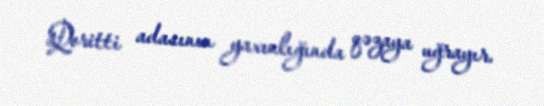
Qoritti adasının yaxınlığında qəzaya uğrayır.